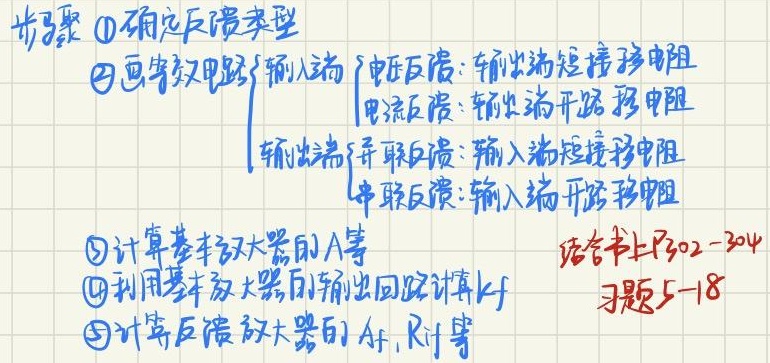
步骤：
\textcircled{1} 确定反馈类型。
\textcircled{2} 画等效电路：
    - 输入端：
        - 电压反馈：输出端短路移电阻。
        - 电流反馈：输出端开路移电阻。
    - 输出端：
        - 并联反馈：输入端短路移电阻。
        - 串联反馈：输入端开路移电阻。
\textcircled{3} 计算基本放大器的 \(A\) 等。
\textcircled{4} 利用基本放大器的输出回路计算 \(k_f\)。
\textcircled{5} 计算反馈放大器的 \(A_f\)，\(R_{if}\) 等。
结合书上P302 - 304习题5 - 18。